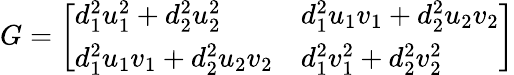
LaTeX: G=\left[\begin{array}{ll}{d_{1}^{2}u_{1}^{2}+d_{2}^{2}u_{2}^{2}}&{d_{1}^{2}u_{1}v_{1}+d_{2}^{2}u_{2}v_{2}}\\ {d_{1}^{2}u_{1}v_{1}+d_{2}^{2}u_{2}v_{2}}&{d_{1}^{2}v_{1}^{2}+d_{2}^{2}v_{2}^{2}}\end{array}\right]